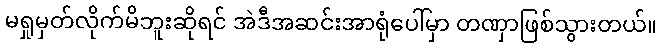
မရှုမှတ်လိုက်မိဘူးဆိုရင် အဲဒီအဆင်းအာရုံပေါ်မှာ တဏှာဖြစ်သွားတယ်။